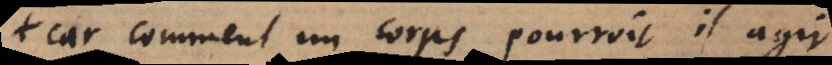
car comment un corps pourroit il agir